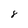
Character: 8